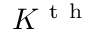
{ { K } ^ { \mathrm { ~ t ~ h ~ } } }